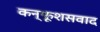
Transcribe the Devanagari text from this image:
कन्फूशसवाद